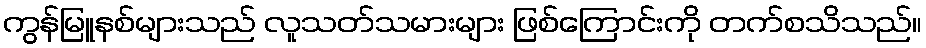
ကွန်မြူနစ်များသည် လူသတ်သမားများ ဖြစ်ကြောင်းကို တက်စသိသည်။